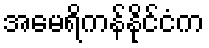
အမေရိကန်နိုင်ငံက